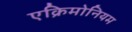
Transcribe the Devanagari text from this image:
एक्रिमोनियम